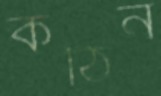
কঠিন